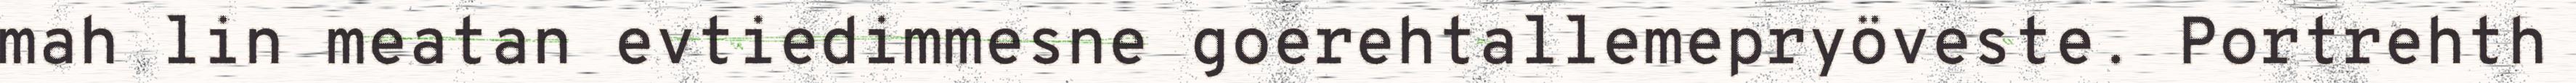
mah lin meatan evtiedimmesne goerehtallemepryöveste. Portrehth